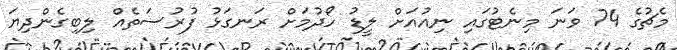
މެޗުގެ 74 ވަނަ މިނެޓުގައި ނިއުއަށް ލީޑު ހޯދުމަށް ރަނގަޅު ފުރުސަތެއް ލިބިގެންދިޔަ